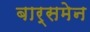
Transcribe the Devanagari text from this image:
बार्समेन